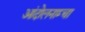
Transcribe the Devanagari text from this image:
आंदोलनाम्चा